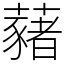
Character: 藸